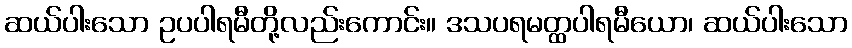
ဆယ်ပါးသော ဥပပါရမီတို့လည်းကောင်း။ ဒသပရမတ္ထပါရမီယော၊ ဆယ်ပါးသော